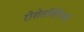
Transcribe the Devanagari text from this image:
रोशेसर्व्हियेरची